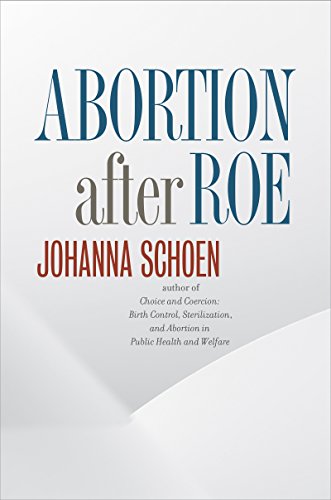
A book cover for Abortion after Roe: Abortion after Legalization (Studies in Social Medicine); Johanna Schoen; Politics & Social Sciences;